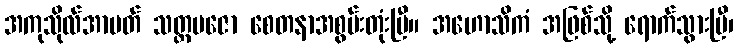
အကုသိုလ်အာပတ် သတ္တမဇော စေတနာအစွမ်းတုံးပြီ။ အဟောသိကံ အဖြစ်သို့ ရောက်သွားပြီ၊